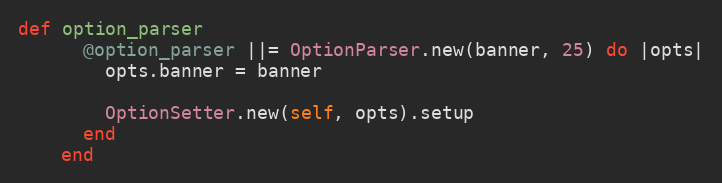
Language: Ruby
def option_parser
      @option_parser ||= OptionParser.new(banner, 25) do |opts|
        opts.banner = banner

        OptionSetter.new(self, opts).setup
      end
    end